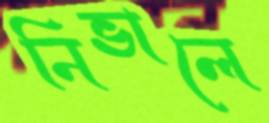
নিভালে